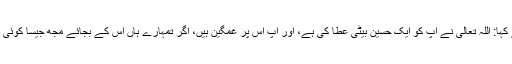
اس اثناء میں بہلول دانا (جو مجذوب مشہورتھے) وہاں داخل ہوئے اور امیر سے کہا: اللہ تعالیٰ نے آپ کو ایک حسین بیٹی عطا کی ہے، اور آپ اس پر غمگین ہیں، اگر تمہارے ہاں اس کے بجائے مجھ جیسا کوئی دیوانہ بیٹا پیدا ہوا ہوتا تو کیا تم خوش ہوتے، یہ سن کر اس امیر کا غم دورہوگیا۔